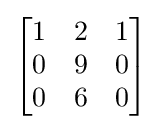
{\begin{bmatrix}1&2&1\\0&9&0\\0&6&0\end{bmatrix}}